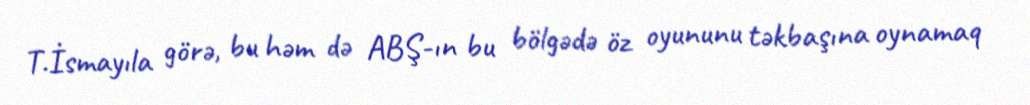
T.İsmayıla görə, bu həm də ABŞ-ın bu bölgədə öz oyununu təkbaşına oynamaq